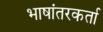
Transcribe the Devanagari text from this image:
भाषांतरकर्ता